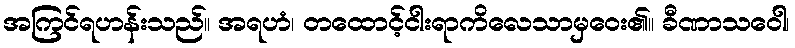
အကြင်ရဟန်းသည်။ အရဟံ၊ တထောင့်ငါးရာကိလေသာမှဝေး၏။ ခီဏာသဝေါ၊